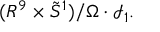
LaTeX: ( R ^ { 9 } \times \tilde { S } ^ { 1 } ) / \Omega \cdot { \mathcal I } _ { 1 } .